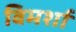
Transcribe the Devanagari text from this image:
विमर्शा